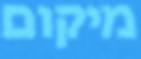
מיקום